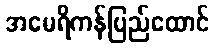
အမေရိကန်ပြည်ထောင်